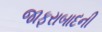
જાફરાબાદની